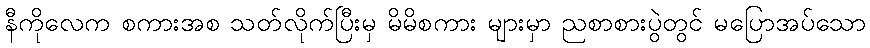
နီကိုလေက စကားအစ သတ်လိုက်ပြီးမှ မိမိစကား များမှာ ညစာစားပွဲတွင် မပြောအပ်သော